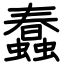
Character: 蠢